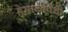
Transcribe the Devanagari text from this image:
हेमान्दपंथी